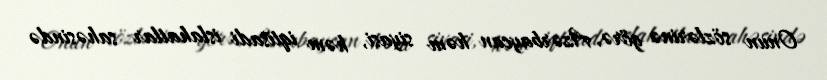
Onun sözlərinə görə, Azərbaycan həm siyasi, həm iqtisadi islahatlar sahəsində